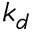
k _ { d }